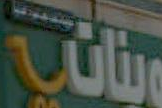
ويناني